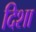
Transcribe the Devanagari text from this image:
दिशा